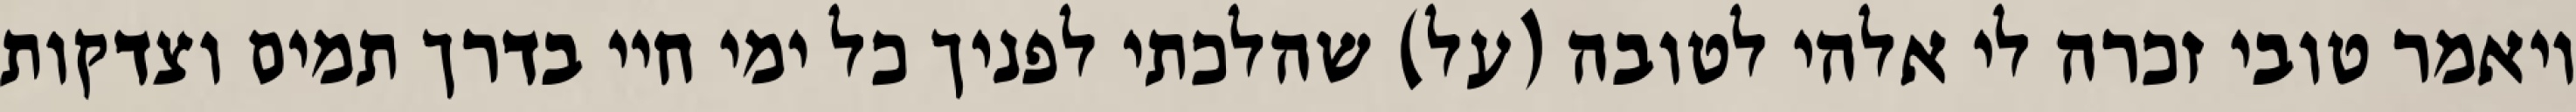
ויאמר טובי זכרה לי אלהי לטובה (על) שהלכתי לפניך כל ימי חיי בדרך תמים וצדקות